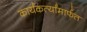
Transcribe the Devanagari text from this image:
कार्यंकर्त्यांमार्फत